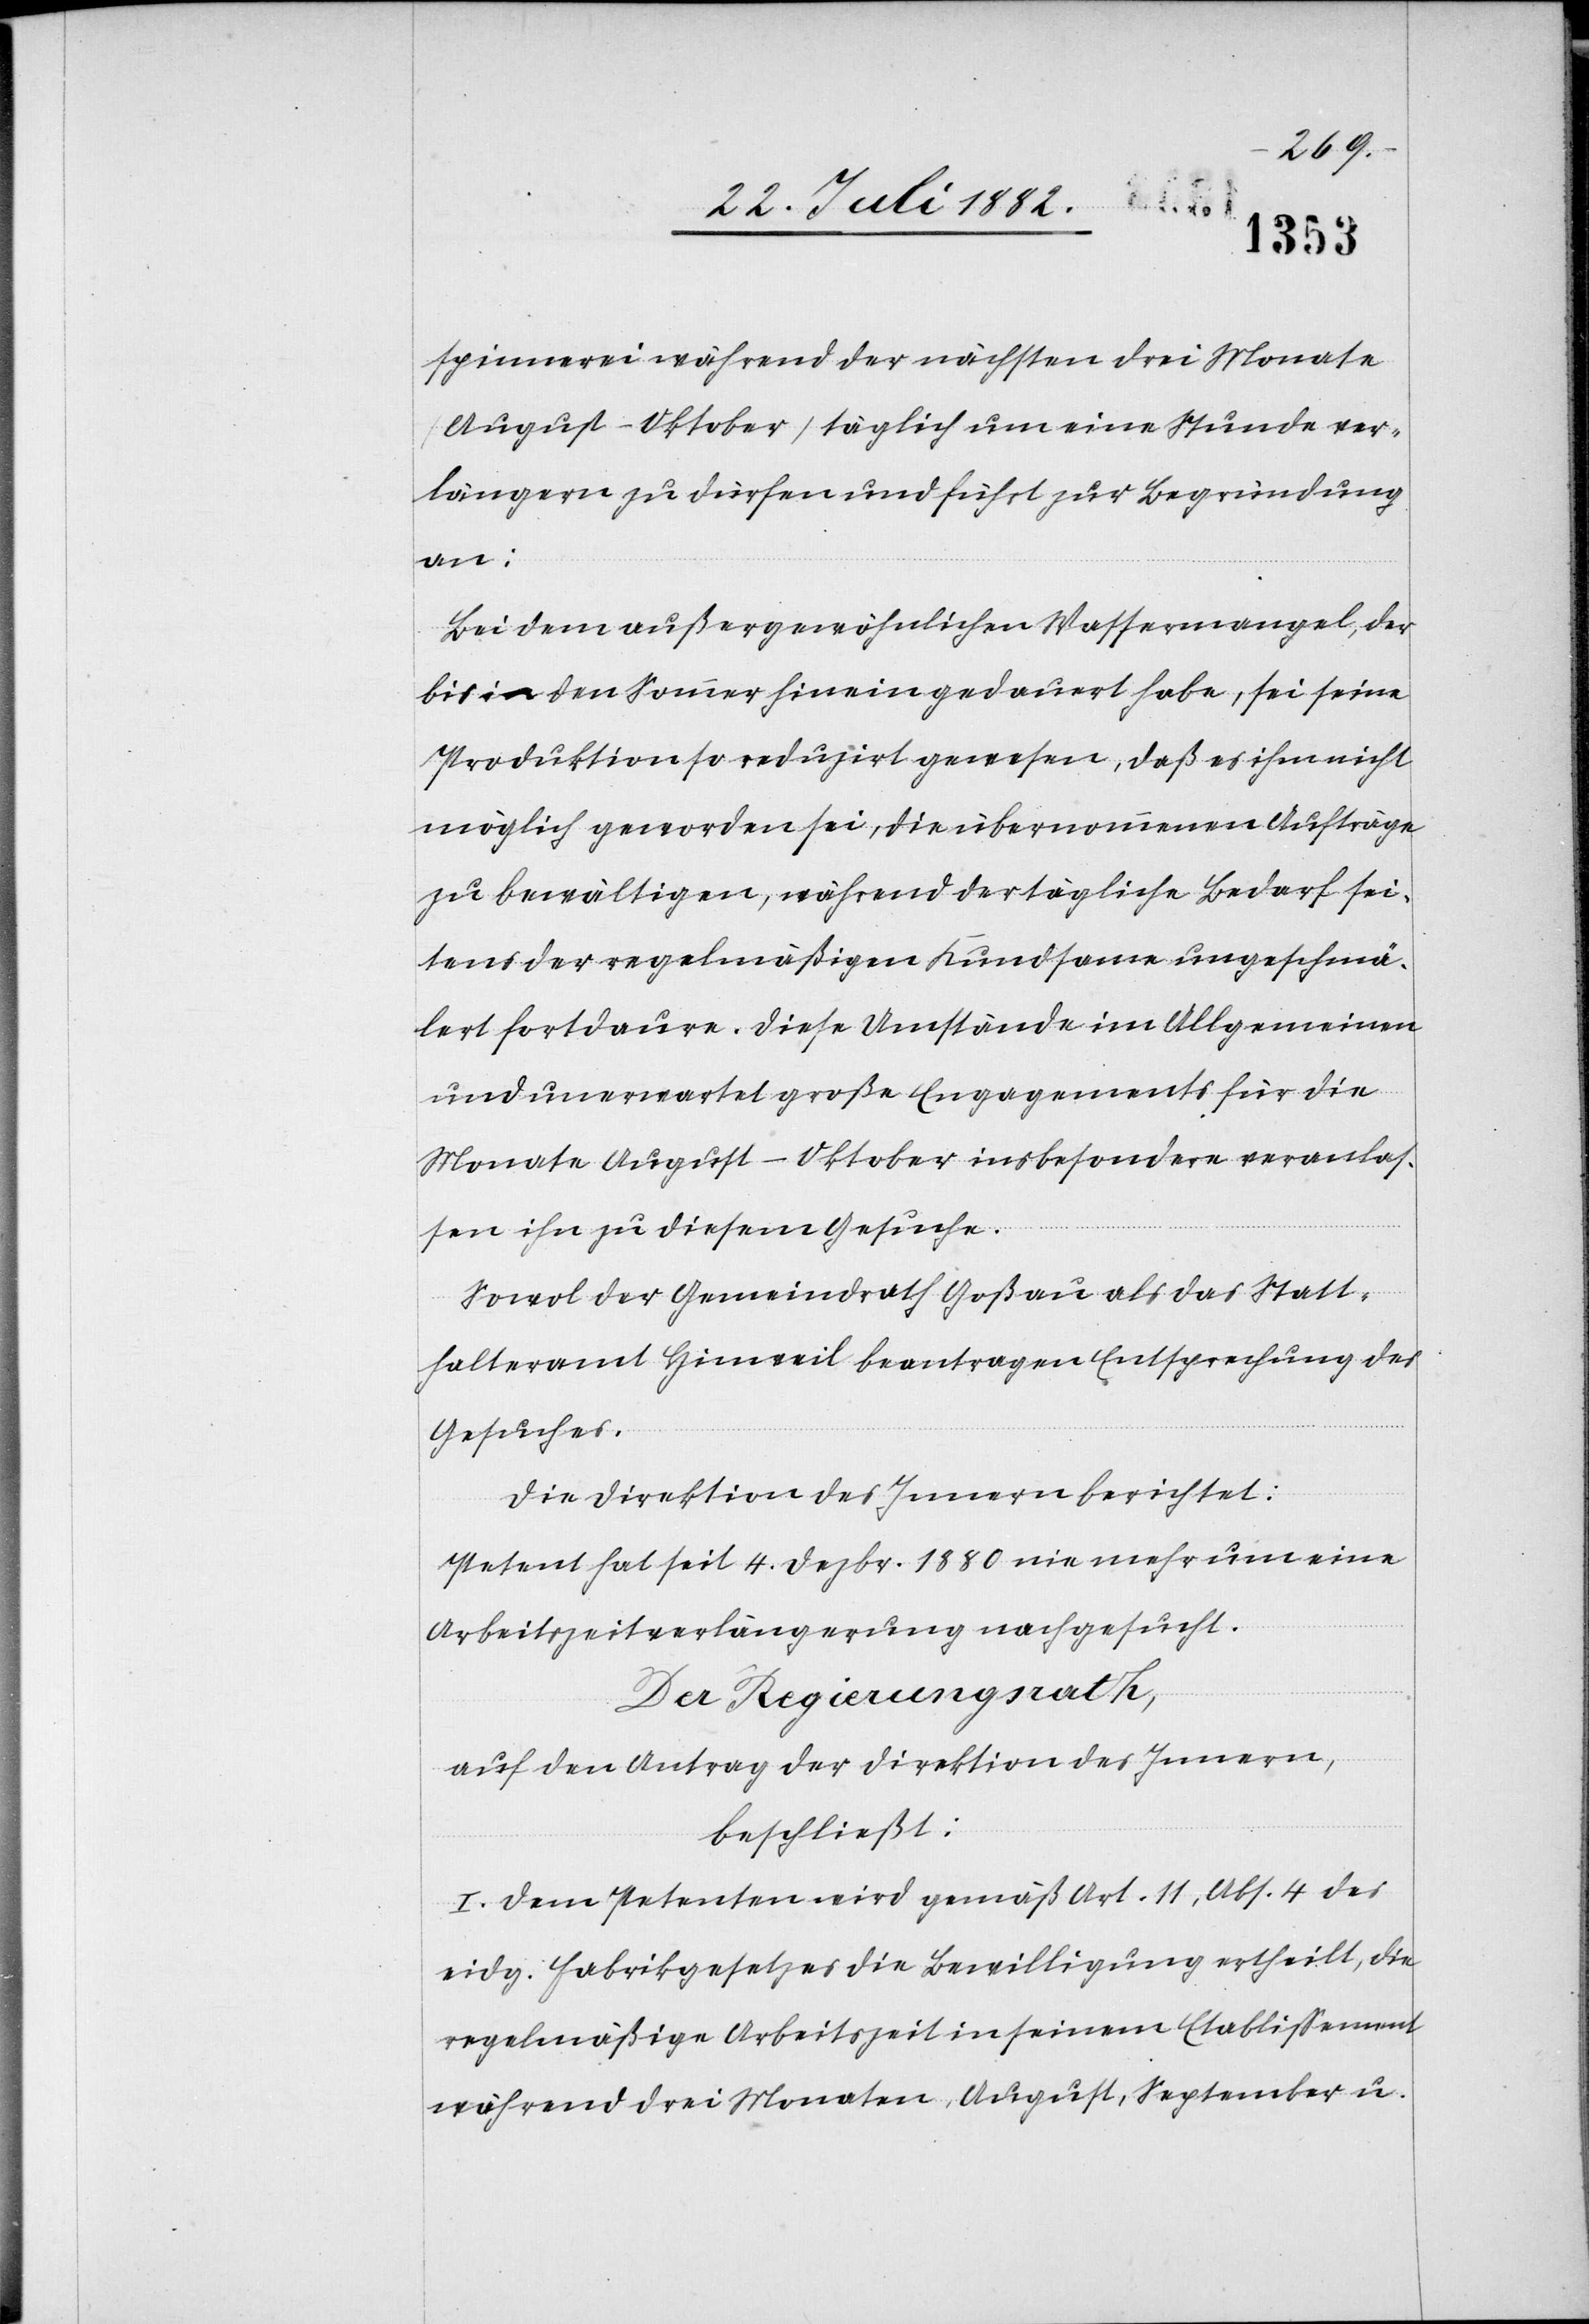
spinnerei während der nächsten drei Monate
(August–Oktober) täglich um eine Stunde ver¬
längern zu dürfen und führt zur Begründung
an:
Bei dem außergewöhnlichen Wassermangel, der
bis in den Sommer hinein gedauert habe, sei seine
Produktion so reduzirt gewesen, daß es ihm nicht
möglich geworden sei, die übernommenen Aufträge
zu bewältigen, während der tägliche Bedarf sei¬
tens der regelmäßigen Kundsame ungeschmä¬
lert fortdaure. Diese Umstände im Allgemeinen
und unerwartet große Engagements für die
Monate August–Oktober insbesondere veranlas¬
sen ihn zu diesem Gesuche.
Sowol der Gemeindrath Goßau als das Statt¬
halteramt Hinweil beantragen Entsprechung des
Gesuches.
Die Direktion des Innern berichtet:
Petent hat seit 4. Dezbr. 1880 nie mehr um eine
Arbeitszeitverlängerung nachgesucht.
Der Regierungsrath,
auf den Antrag der Direktion des Innern,
beschließt:
I. Dem Petenten wird gemäß Art. 11, Abs. 4 des
eidg. Fabrikgesetzes die Bewilligung ertheilt, die
regelmäßige Arbeitszeit in seinem Etablissement
während drei Monaten, August, September u.